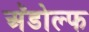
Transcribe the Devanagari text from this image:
अॅडोल्फ